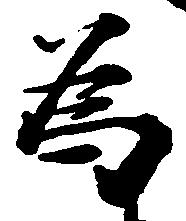
為